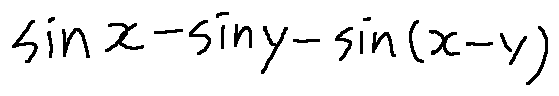
\sin x - \sin y - \sin ( x - y )